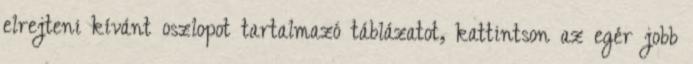
elrejteni kívánt oszlopot tartalmazó táblázatot, kattintson az egér jobb